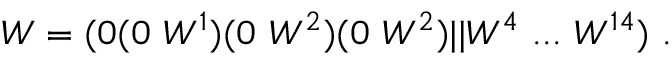
W = ( 0 ( 0 ~ W ^ { 1 } ) ( 0 ~ W ^ { 2 } ) ( 0 ~ W ^ { 2 } ) \vert \vert W ^ { 4 } ~ . . . ~ W ^ { 1 4 } ) ~ .